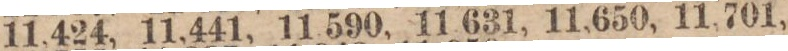
11,424, 11,441, 11,590, 11,631, 11,650, 11,701,